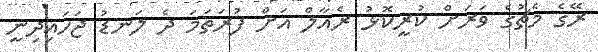
ރޭގެ މެޗުގެ ވަރަށް ކުރީކޮޅު ރެއާލް އަށް ފުރަތަމަ ދެ ލަނޑު ޖަހައިދިނީ